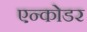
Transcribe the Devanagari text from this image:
एन्कोडर